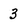
Character: 3